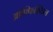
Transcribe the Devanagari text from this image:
ओफ्फिश्यिल